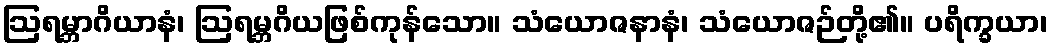
ဩရမ္ဘာဂိယာနံ၊ ဩရမ္ဘဂိယဖြစ်ကုန်သော။ သံယောဇနာနံ၊ သံယောဇဉ်တို့၏။ ပရိက္ခယာ၊